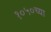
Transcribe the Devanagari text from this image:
१०५०च्या